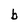
Character: b